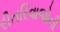
રીતરિવાજોની